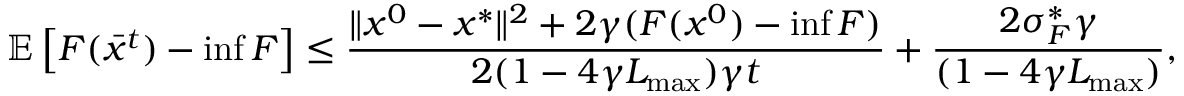
\mathbb { E } \left[ F ( \bar { x } ^ { t } ) - \operatorname* { i n f } F \right] \leq \frac { \Vert x ^ { 0 } - x ^ { * } \Vert ^ { 2 } + 2 \gamma ( F ( x ^ { 0 } ) - \operatorname* { i n f } F ) } { 2 ( 1 - 4 \gamma L _ { \operatorname* { m a x } } ) \gamma t } + \frac { 2 \sigma _ { F } ^ { * } \gamma } { ( 1 - 4 \gamma L _ { \operatorname* { m a x } } ) } ,